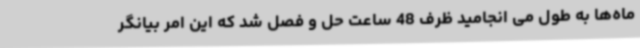
ماه‌ها به طول می انجامید ظرف 48 ساعت حل و فصل شد که این امر بیانگر